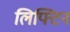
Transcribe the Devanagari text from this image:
लिफ्टिन